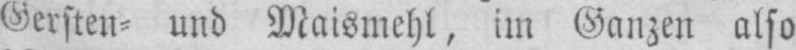
Gersten⸗ und Maismehl, im Ganzen also